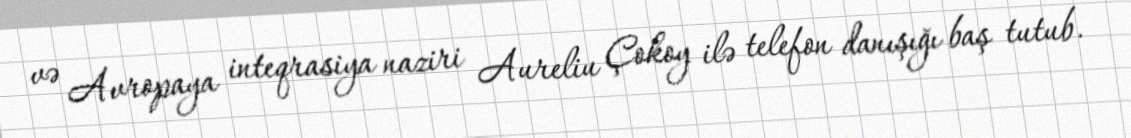
və Avropaya inteqrasiya naziri Aureliu Çokoy ilə telefon danışığı baş tutub.